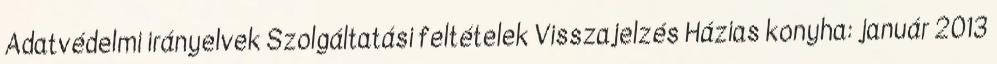
Adatvédelmi irányelvek Szolgáltatási feltételek Visszajelzés Házias konyha: január 2013